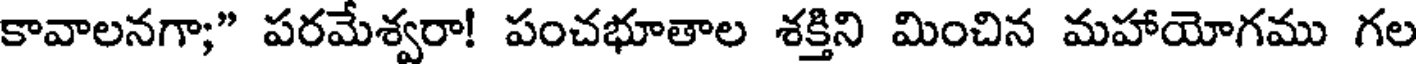
కావాలనగా;" పరమేశ్వరా! పంచభూతాల శక్తిని మించిన మహాయోగము గల